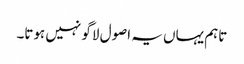
تاہم یہاں یہ اصول لاگو نہیں ہوتا۔